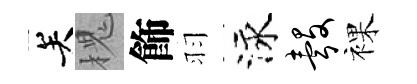
关槐飾羽泳彀裸